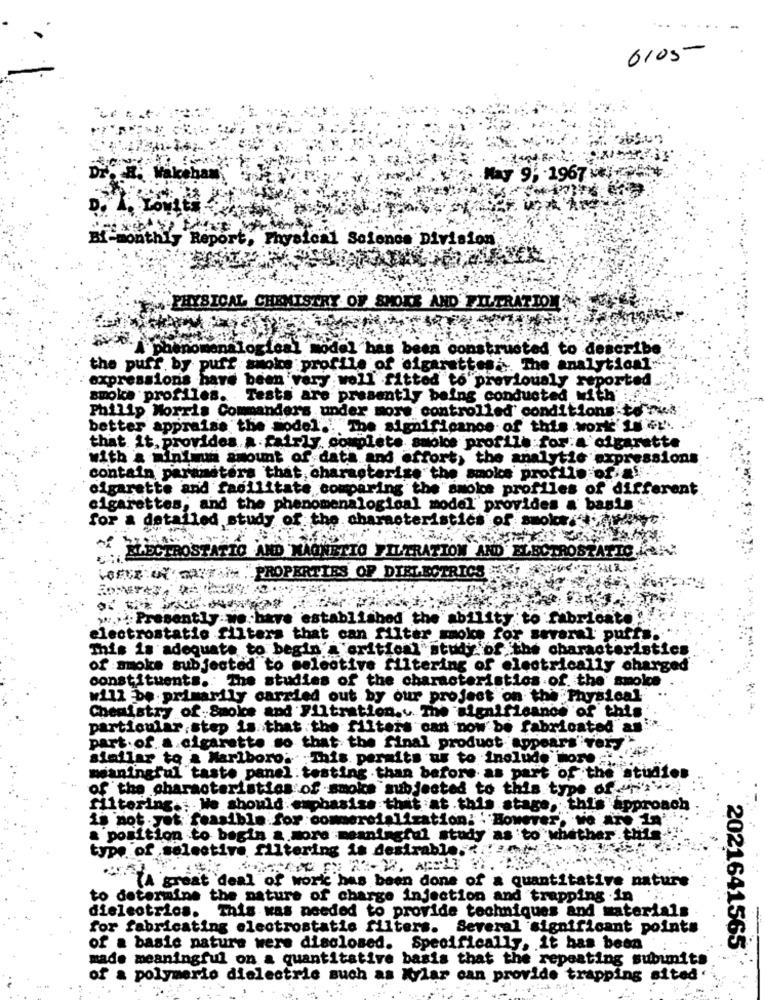
6105-
May 9; - 1967 **
onthis Report, Physical Solonos Division
PHYSICAL CHEMISTRY OF SMOKE AND FILTRATION
I'phenomenalogical model has been constructed to describe
the puff by puff smoke profile of cigarettes. The analytical
expressions have been very woll fitted to"previously reported
smoke profiles. Tests are presently being conducted with' : '
Philip Morris Commanders under more controlled' conditions to"res;
better appraise the Model". The significance of this world' Is !".
that. it. provides a fairly, complete smoke profile for a cigarette
with a minimum amount of data and effort) the analytic expressions
contain parameters that, characterize the smoke profilo of ...
cigarette and facilitate comparing the smoke profiles of different
cigarettes, and the phenomenalogloal model provides a' basis .. .
for a detailed study of the characteristics of smoke:why
ELECTROSTATIC AND MAGNETIC FILTRATION AND ELECTROSTATIC KAR
BENE WYT PROPERTIES OF DIELECTRICS
> .. Presently-we.have established the ability to fabricato
electrostatic filters that can filter moke for several puffs.
This is adequate to begin a critical study of the characteristics
of smoke subjected to selective filtering of electrically charged
constituents. The studies of the characteristics of. the smolce
will be primarily carried out by our project on the Physical
Chemistry of.Smoke and Filtration.v. The significance of this
particular.step is that the filters can now be fabricated an
part.of. a.cigarette so that the final product appears"Tery.
similar to a Marlboro; This permits us to include more :
meaningful taste panel testing . than before as part of the studios
of the characteristics of smoke subjected to this type of
filtering. We should emphasise that at this stage, the
this approach
28 not.yet feasible for commercialization; However, we are in'
& position to begin & more meaningful study as to whether this.
type of selective filtering is desirable.
(A great deal of work has been done of a quantitative nature
to determine the nature of charge injection and trapping .in
dielectrics. This was needed to provide techniques and materials
for fabricating electrostatic filters. Several significant points
of a basic natura were disclosed. Specifically, it has been
made meaningful on a quantitative basis that the repeating subunits
2021641565'
of a polymerio dielectric such as Mylar can provide trapping sited'